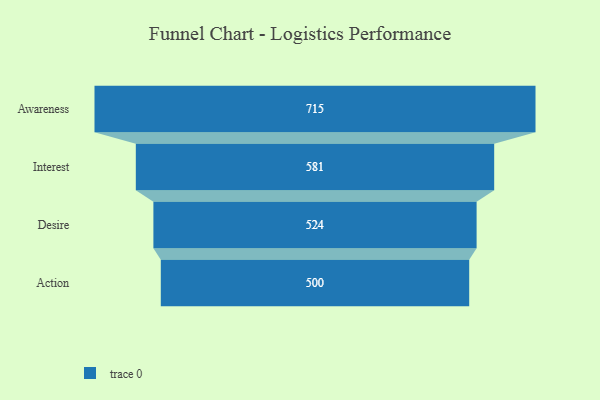
{"axis": {"x": "Stage", "y": "Value"}, "legend": [""], "data": [{"x": "Awareness", "y": 715.0, "type": ""}, {"x": "Interest", "y": 581.0, "type": ""}, {"x": "Desire", "y": 524.0, "type": ""}, {"x": "Action", "y": 500, "type": ""}]}